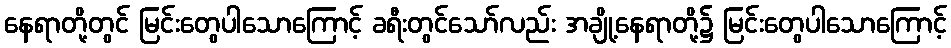
နေရာတို့တွင် မြင်းတွေပါသောကြောင့် ခရီးတွင်သော်လည်း အချို့နေရာတို့၌ မြင်းတွေပါသောကြောင့်